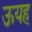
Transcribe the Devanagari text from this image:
ऊयह